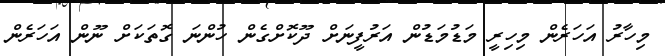
މިހާރު އަހަރެން މިހިރީ މަޑުމަޑުން އަރުފީނަށް ދޫކޮށްގެން ހުންނަ ގޮތަކަށް ނޫން އަހަރެން